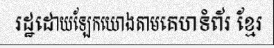
រដ្ឋដោយឡែកយោងតាមគេហទំព័រ ខ្មែរ